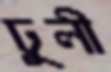
ঢুলী